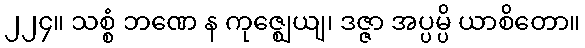
၂၂၄။ သစ္စံ ဘဏေ န ကုဇ္ဈေယျ၊ ဒဇ္ဇာ အပ္ပမ္ပိ ယာစိတော။